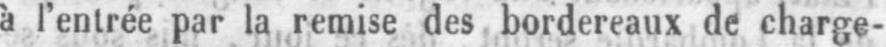
à l’entrée par la remise des bordereaux de charge-